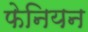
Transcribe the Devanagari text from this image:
फेनियन